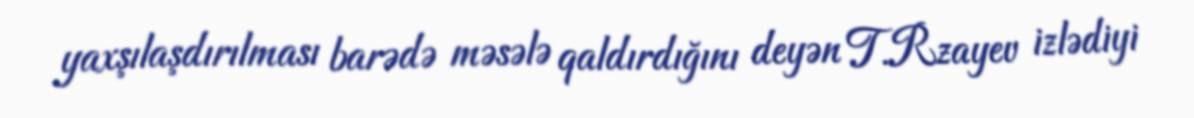
yaxşılaşdırılması barədə məsələ qaldırdığını deyən T.Rzayev izlədiyi